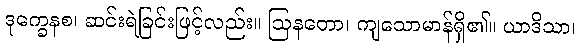
ဒုက္ခေနစ၊ ဆင်းရဲခြင်းဖြင့်လည်း။ ဩနတော၊ ကျသောမာန်ရှိ၏။ ယာဒိသာ၊